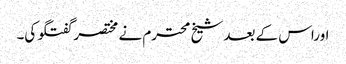
اوراس کے بعد شیخ محترم نے مختصر گفتگو کی۔